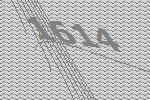
1614